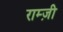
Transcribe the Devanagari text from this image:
राम्ज़ी